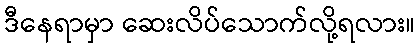
ဒီနေရာမှာ ဆေးလိပ်သောက်လို့ရလား။